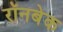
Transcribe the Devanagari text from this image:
रॉनबेक